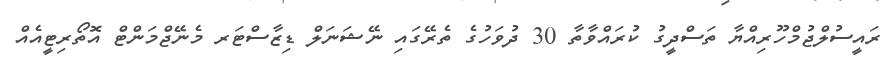
ރައީސުލްޖުމްހޫރިއްޔާ ތަސްދީގު ކުރައްވާތާ 30 ދުވަހުގެ ތެރޭގައި ނޭޝަނަލް ޑިޒާސްޓަރ މެނޭޖްމަންޓް އޮތޯރިޓީއެއް